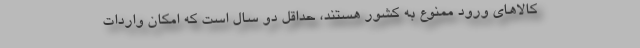
کالاهای ورود ممنوع به کشور هستند، حداقل دو سال است که امکان واردات